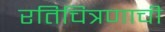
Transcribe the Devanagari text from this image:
रतिचित्रणाची